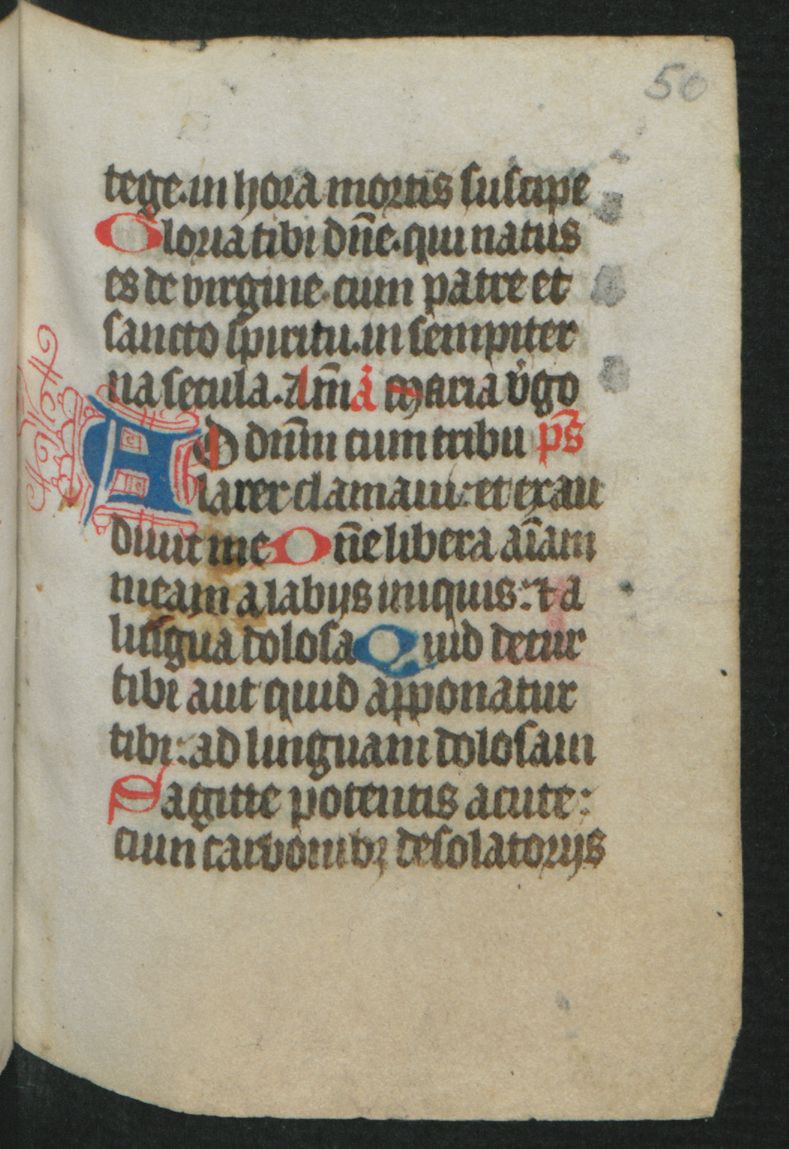
Shelfmark: Berlin, Staatsbibliothek, Hdschr. 25
Century: 15